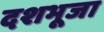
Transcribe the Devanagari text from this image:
दशभूजा